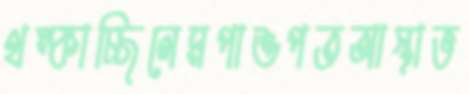
থম্‌কাচ্ছিলেমপাশুপতআস্থাভ